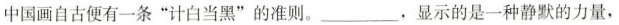
中国画自古便有一条“计白当黑”的准则。___，显示的是一种静默的力量，